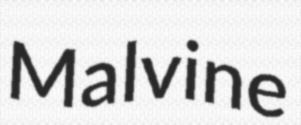
Malvine